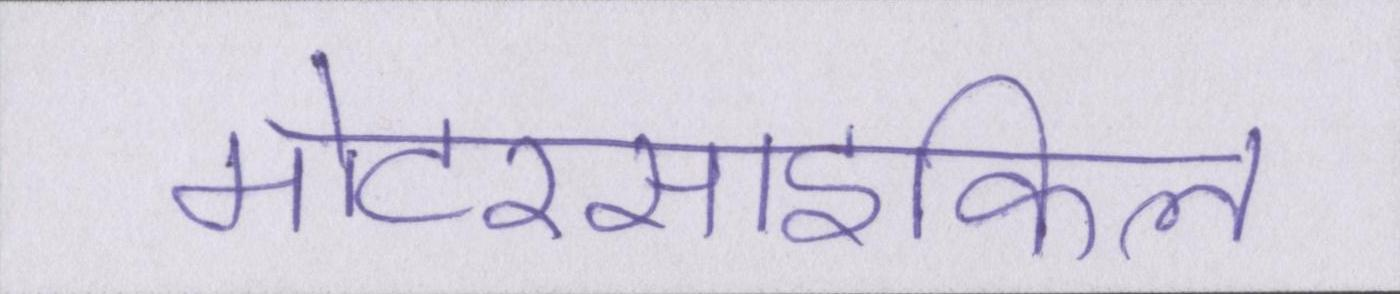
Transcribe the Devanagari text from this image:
मोटरसाइकिल